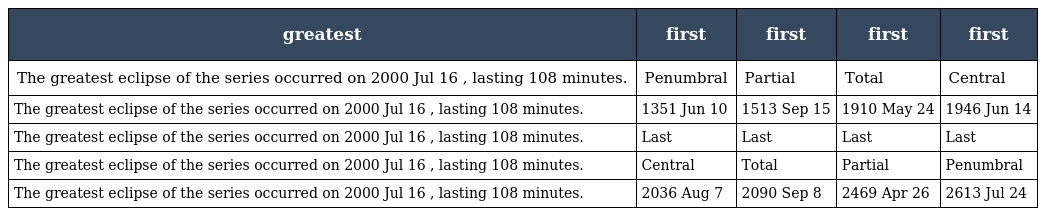
| greatest | first | first | first | first |
 | --- | --- | --- | --- | --- |
 | The greatest eclipse of the series occurred on 2000 Jul 16 , lasting 108 minutes. | Penumbral | Partial | Total | Central |
 | The greatest eclipse of the series occurred on 2000 Jul 16 , lasting 108 minutes. | 1351 Jun 10 | 1513 Sep 15 | 1910 May 24 | 1946 Jun 14 |
 | The greatest eclipse of the series occurred on 2000 Jul 16 , lasting 108 minutes. | Last | Last | Last | Last |
 | The greatest eclipse of the series occurred on 2000 Jul 16 , lasting 108 minutes. | Central | Total | Partial | Penumbral |
 | The greatest eclipse of the series occurred on 2000 Jul 16 , lasting 108 minutes. | 2036 Aug 7 | 2090 Sep 8 | 2469 Apr 26 | 2613 Jul 24 |